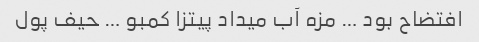
افتضاح بود … مزه آب میداد پیتزا کمبو … حیف پول